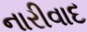
નારીવાદ